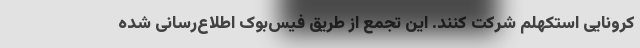
کرونایی استکهلم شرکت کنند. این تجمع از طریق فیس‌بوک اطلاع‌رسانی شده